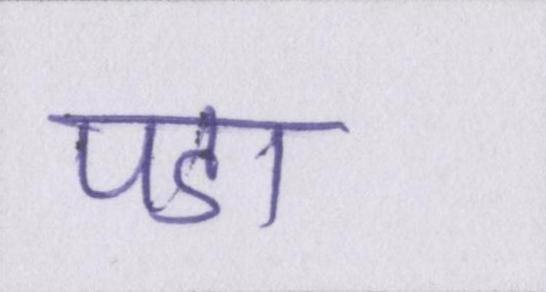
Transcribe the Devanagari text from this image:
पडा